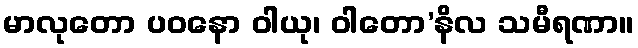
မာလုတော ပဝနော ဝါယု၊ ဝါတော’နိလ သမီရဏာ။